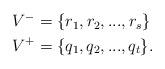
LaTeX: \begin{align*}\begin{aligned}V^- &= \{r_1,r_2,...,r_s\} \\V^+ &= \{q_1,q_2,...,q_t\}.\end{aligned}\end{align*}